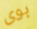
بوى